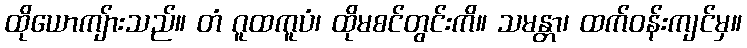
ထိုယောကျ်ားသည်။ တံ ဂူထကူပံ၊ ထိုမစင်တွင်းကိ။ သမန္တာ၊ ထက်ဝန်းကျင်မှ။